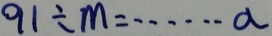
9 1 \div m = \cdots a